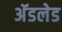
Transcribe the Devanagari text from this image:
अॅडलेड